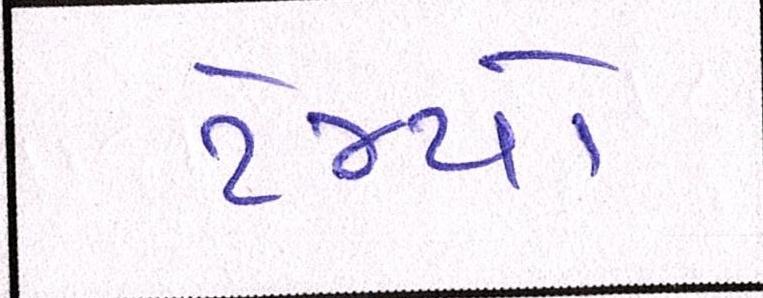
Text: ટેમ્પો